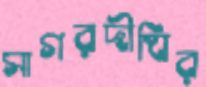
সাগরদীঘির